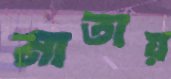
মাতায়